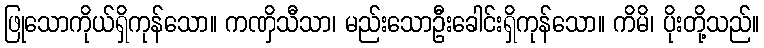
ဖြုသောကိုယ်ရှိကုန်သော။ ကဏှိသီသာ၊ မည်းသောဦးခေါင်းရှိကုန်သော။ ကိမိ၊ ပိုးတို့သည်။